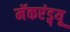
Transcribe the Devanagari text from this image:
मॅकएंड्र्यू